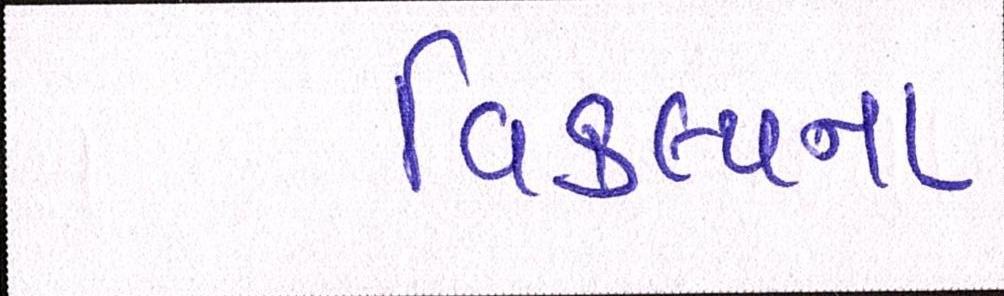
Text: વિકલ્પના